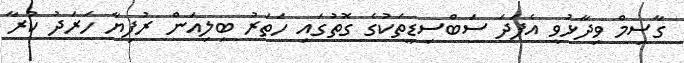
ގާސިމް ވިދާޅުވީ އެފަދަ ސަބްސިޑީތަކުގެ ގޮތުގައި ހަތަރު ބިލިއަން ރުފިޔާ ހަރަދު ކުރާ